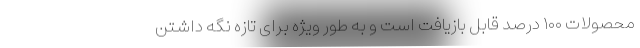
محصولات ۱۰۰ درصد قابل بازیافت است و به طور ویژه برای تازه نگه داشتن